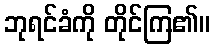
ဘုရင်ခံကို တိုင်ကြ၏။